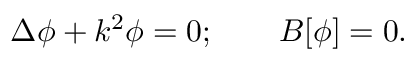
\Delta \phi + k ^ { 2 } \phi = 0 ; \qquad B [ \phi ] = 0 .